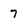
Character: 7